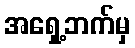
အရှေ့ဘက်မှ